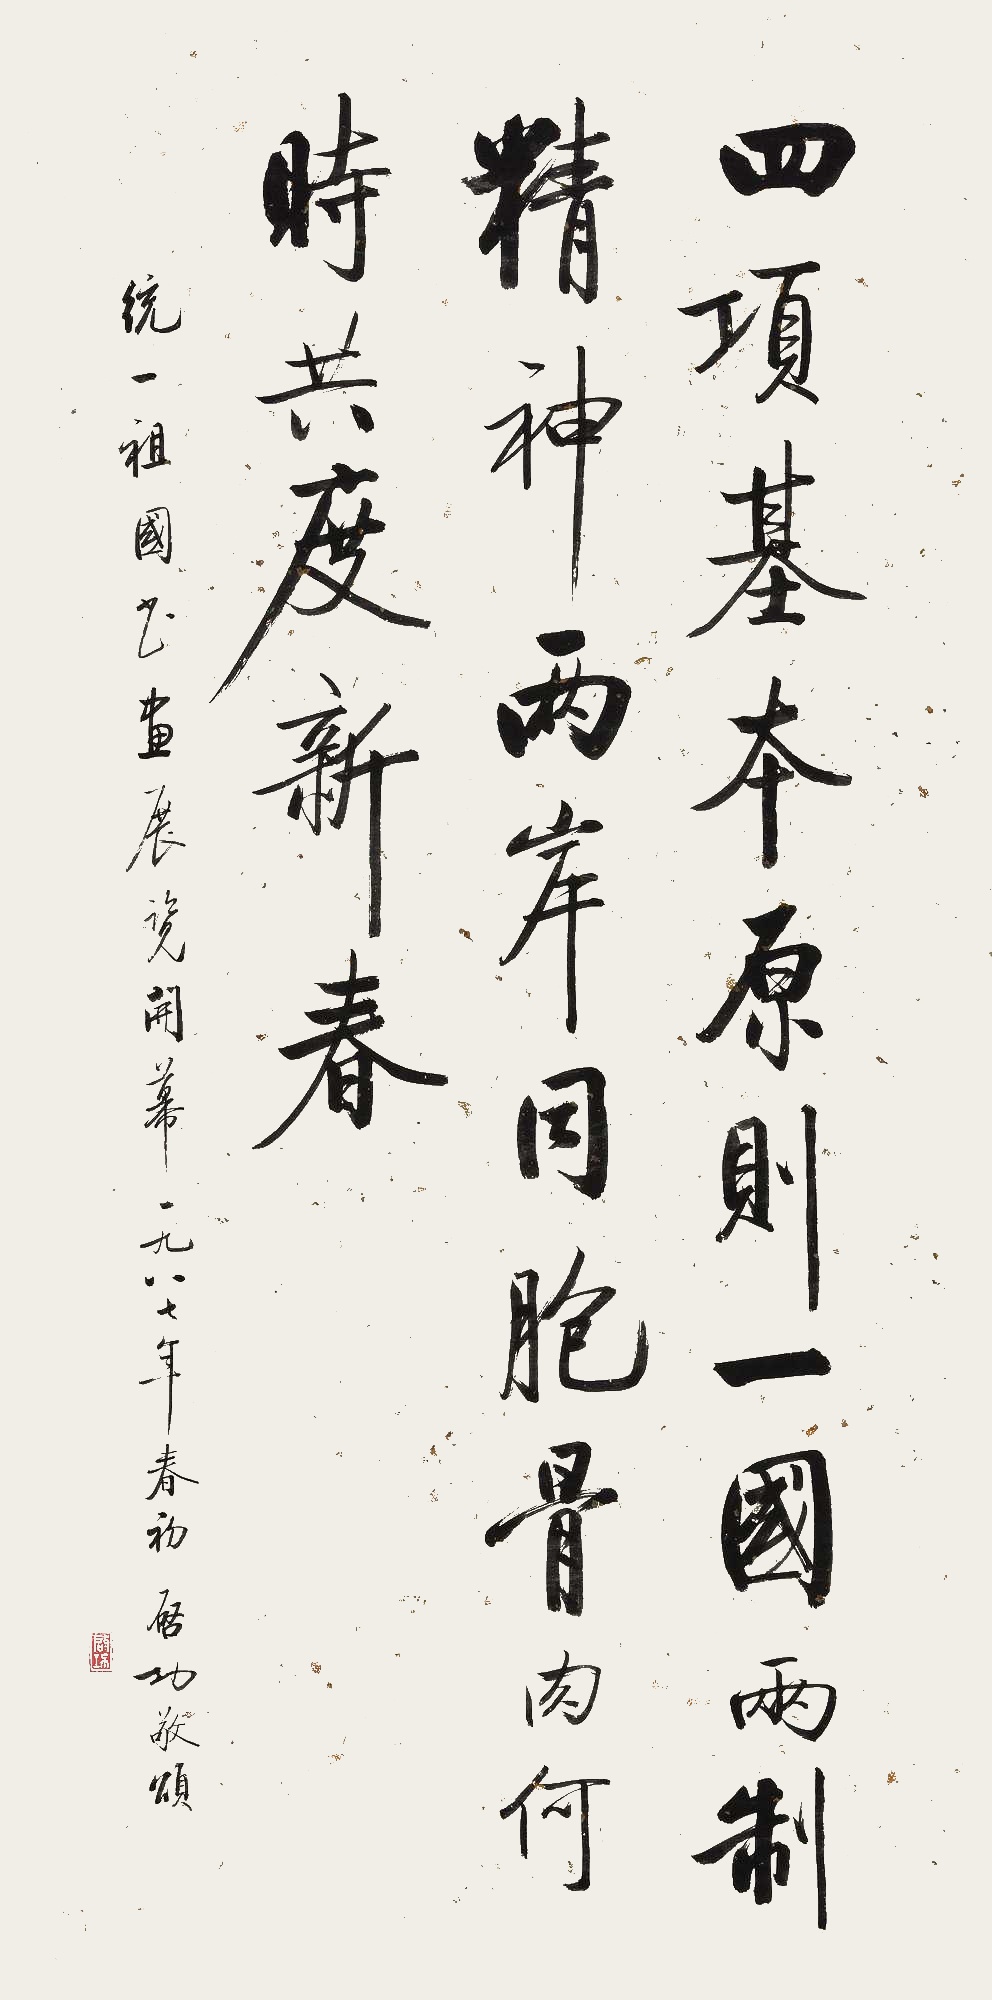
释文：四项基本原则，一国两制精神。两岸同胞骨肉，何时共度新春。统一祖国书画展览开幕。一九八七年春初，启功敬颂。